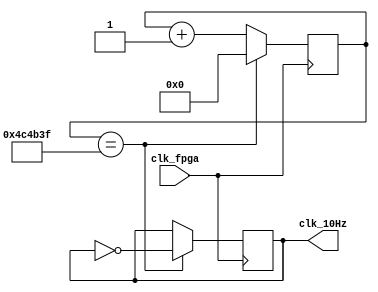
`timescale 1ns / 1ps
//////////////////////////////////////////////////////////////////////////////////
// Company: 
// Engineer: 
// 
// Design Name: 
// Module Name: slowClock_10Hz
// Project Name: 
// Target Devices: 
// Tool Versions: 
// Description: 
// 
// Dependencies: 
// 
// Revision:
// Revision 0.01 - File Created
// Additional Comments:
// 
//////////////////////////////////////////////////////////////////////////////////


module slowClock_10Hz(
    input clk_fpga, // 100MHz master clock   
    output reg clk_10Hz //10Hz output clock
    );    
    
    localparam clkdiv = 5_000_000 - 1; // clock divider 
    reg [22:0] period_count = 0; // counts up to the clock divider    
    
    // divide the 100MHz clock to 100Hz    
    always@(posedge clk_fpga) begin       
        if (period_count == clkdiv) 
            begin
            period_count <= 0;
            clk_10Hz <= ~clk_10Hz;
            end
        else
            begin
            period_count <= period_count + 1'b1;
            clk_10Hz <= clk_10Hz;
            end
    end      

endmodule